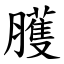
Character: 臒